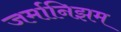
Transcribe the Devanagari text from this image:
जर्मानिझम